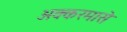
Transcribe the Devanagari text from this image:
अक्करमासे